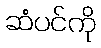
ဆံပင်ကို